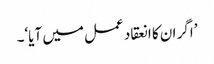
’اگر ان کا انعقاد عمل میں آیا‘۔